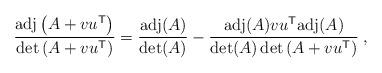
LaTeX: \begin{align*}\frac{{\rm adj} \left( A + v u^{\sf T} \right)}{\det \left( A + v u^{\sf T} \right)} =\frac{{\rm adj}(A)}{\det(A)} -\frac{{\rm adj}(A) v u^{\sf T} {\rm adj}(A)}{\det(A) \det \left( A + v u^{\sf T} \right)} \;,\end{align*}